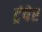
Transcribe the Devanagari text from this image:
ट्रंपेर